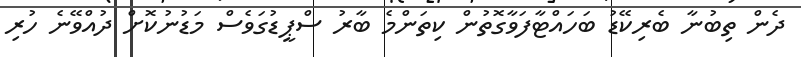
ދެން ތިބުނާ ބެރިކޭޑު ބަހައްޓާފަވާގޮތުން ކިތަންމެ ބާރު ސްޕީޑުގަވެސް މަޑުނުކޮށް ދުއްވޭނެ ހުރި